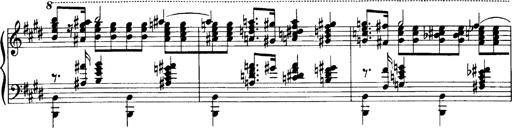
Title: OuvertÃ¼re zu TannhÃ¤user
Composer: Franz Liszt